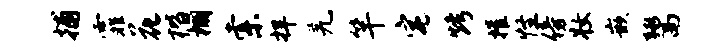
捕霏花楷棚索捍羌竿宅烤摧怪傍妆嵌鬻